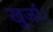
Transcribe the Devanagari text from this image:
खुर्जा।